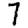
Digit: 7